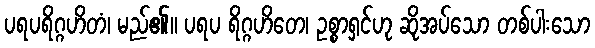
ပရပရိဂ္ဂဟိတံ၊ မည်၏။ ပရပ ရိဂ္ဂဟိတေ၊ ဥစ္စာရှင်ဟု ဆိုအပ်သော တစ်ပါးသော